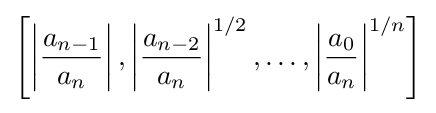
\left[\left|{\frac {a_{n-1}}{a_{n}}}\right|,\left|{\frac {a_{n-2}}{a_{n}}}\right|^{1/2},\ldots ,\left|{\frac {a_{0}}{a_{n}}}\right|^{1/n}\right]